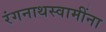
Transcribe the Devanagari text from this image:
रंगनाथस्वामींना